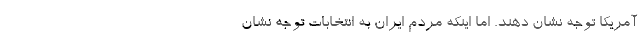
آمریکا توجه نشان دهند. اما اینکه مردم ایران به انتخابات توجه نشان